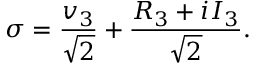
\sigma = \frac { v _ { 3 } } { \sqrt 2 } + \frac { R _ { 3 } + i I _ { 3 } } { \sqrt { 2 } } .